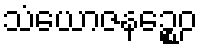
သံယောဇနဉ္စေဝ